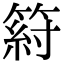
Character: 䈙